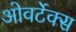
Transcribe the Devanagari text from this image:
ओवर्टेक्स